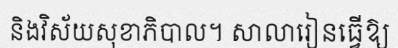
និងវិស័យសុខាភិបាល។ សាលារៀនធ្វើឱ្យ